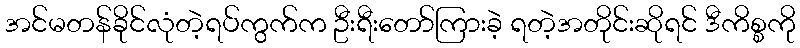
အင်မတန်ခိုင်လုံတဲ့ရပ်ကွက်က ဦးရီးတော်ကြားခဲ့ ရတဲ့အတိုင်းဆိုရင် ဒီကိစ္စကို